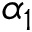
\alpha _ { 1 }